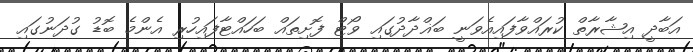
އަބާދީ އިޝާރާތް ކުރައްވާފައިއެވަނީ ބަޣްދާދުގައި ވޯޓް ފޮށިތައް ބަހައްޓާފައިހުރި އެންމެ ބޮޑު ގުދަނުގައި